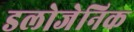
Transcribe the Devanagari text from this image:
डलोजेनिक